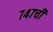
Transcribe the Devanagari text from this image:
७४७ची